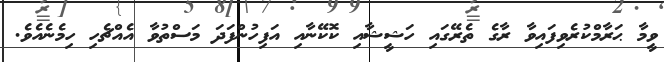
ވީމާ ޙަރާމްކުރެވިފައިވާ ރާގެ ތެރޭގައި ހަޝީޝާއި ކޮކޭނާއި އަފިހުންފަދަ މަސްތުވާ އެއްޗެހި ހިމެނެއެވެ.